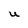
Character: U